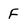
Character: F